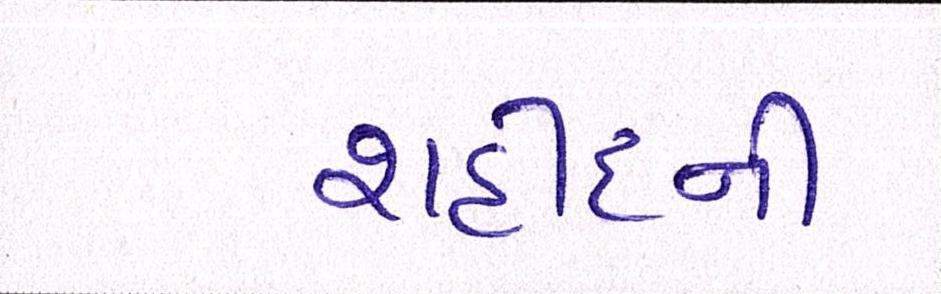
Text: શહીદની